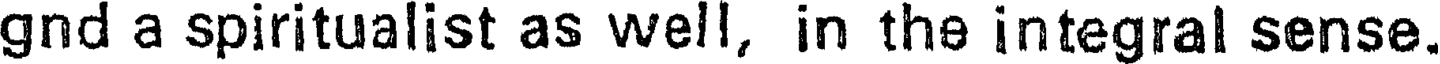
gnd a spiritualist as well, in the integral sense.